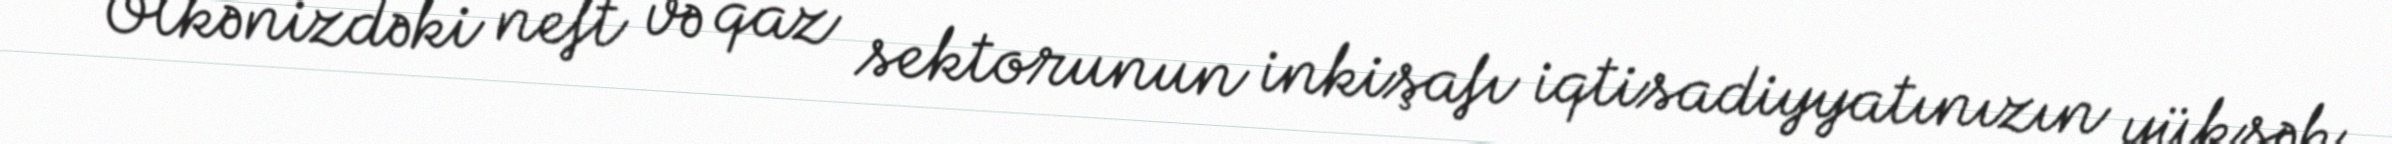
- Ölkənizdəki neft və qaz sektorunun inkişafı iqtisadiyyatınızın yüksək